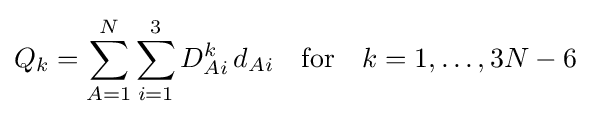
Q_{k}=\sum _{A=1}^{N}\sum _{i=1}^{3}D_{Ai}^{k}\,d_{Ai}\quad \mathrm {for} \quad k=1,\ldots ,3N-6